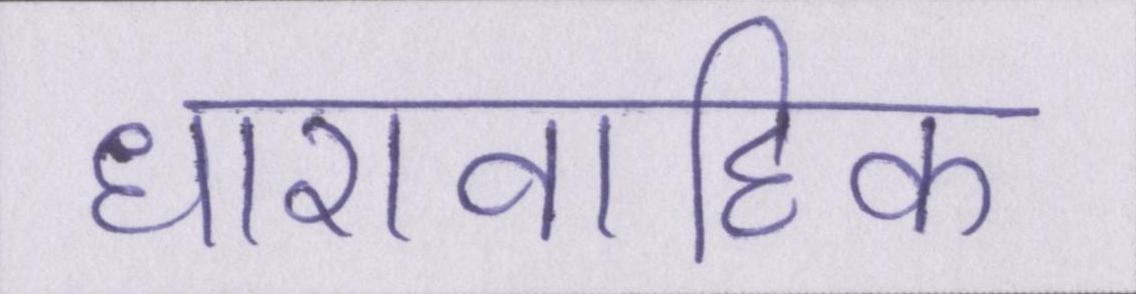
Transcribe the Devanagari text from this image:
धारावाहिक